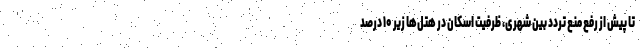
تا پیش از رفع منع تردد بین شهری، ظرفیت اسکان در هتل‌ها زیر ۱۰ درصد